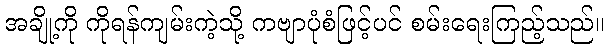
အချို့ကို ကိုရန်ကျမ်းကဲ့သို့ ကဗျာပုံစံဖြင့်ပင် စမ်းရေးကြည့်သည်။